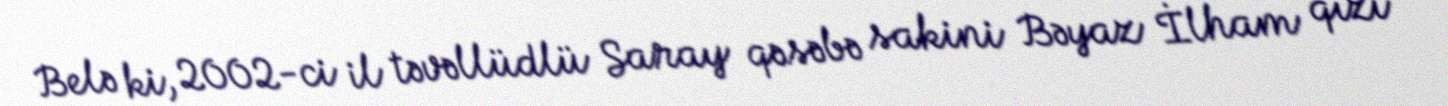
Belə ki, 2002-ci il təvəllüdlü Saray qəsəbə sakini Bəyaz İlham qızı